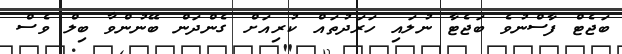
ބަޖެޓް ފާސްނުވެ ބަޖެޓާ ނުލައި ހަރަދުތައް ކުރިއަށް ގެންދަން ބޭނުންވާ ބިލް ވެސް